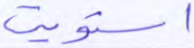
استويت